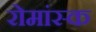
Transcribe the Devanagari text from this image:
रोमांस्क